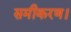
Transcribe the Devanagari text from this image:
समीकरण।